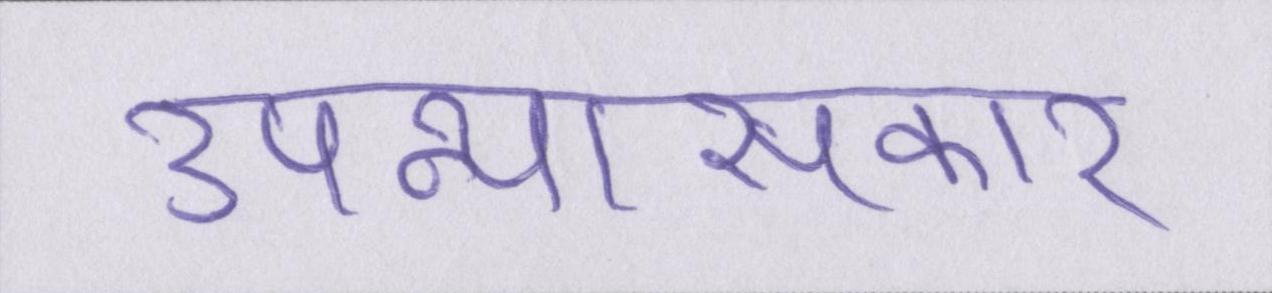
उपन्यासकार